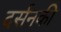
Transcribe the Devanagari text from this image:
दर्सनकी